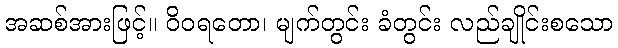
အဆစ်အားဖြင့်။ ဝိဝရတော၊ မျက်တွင်း ခံတွင်း လည်ချိုင်းစသော